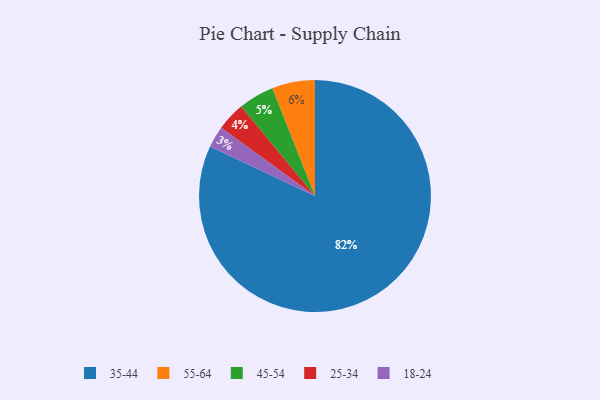
{"axis": {"x": "Category", "y": "Percentage"}, "legend": ["18-24", "25-34", "35-44", "45-54", "55-64"], "data": [{"x": "25-34", "y": 4, "type": "25-34"}, {"x": "35-44", "y": 82, "type": "35-44"}, {"x": "55-64", "y": 6, "type": "55-64"}, {"x": "18-24", "y": 3, "type": "18-24"}, {"x": "45-54", "y": 5, "type": "45-54"}]}